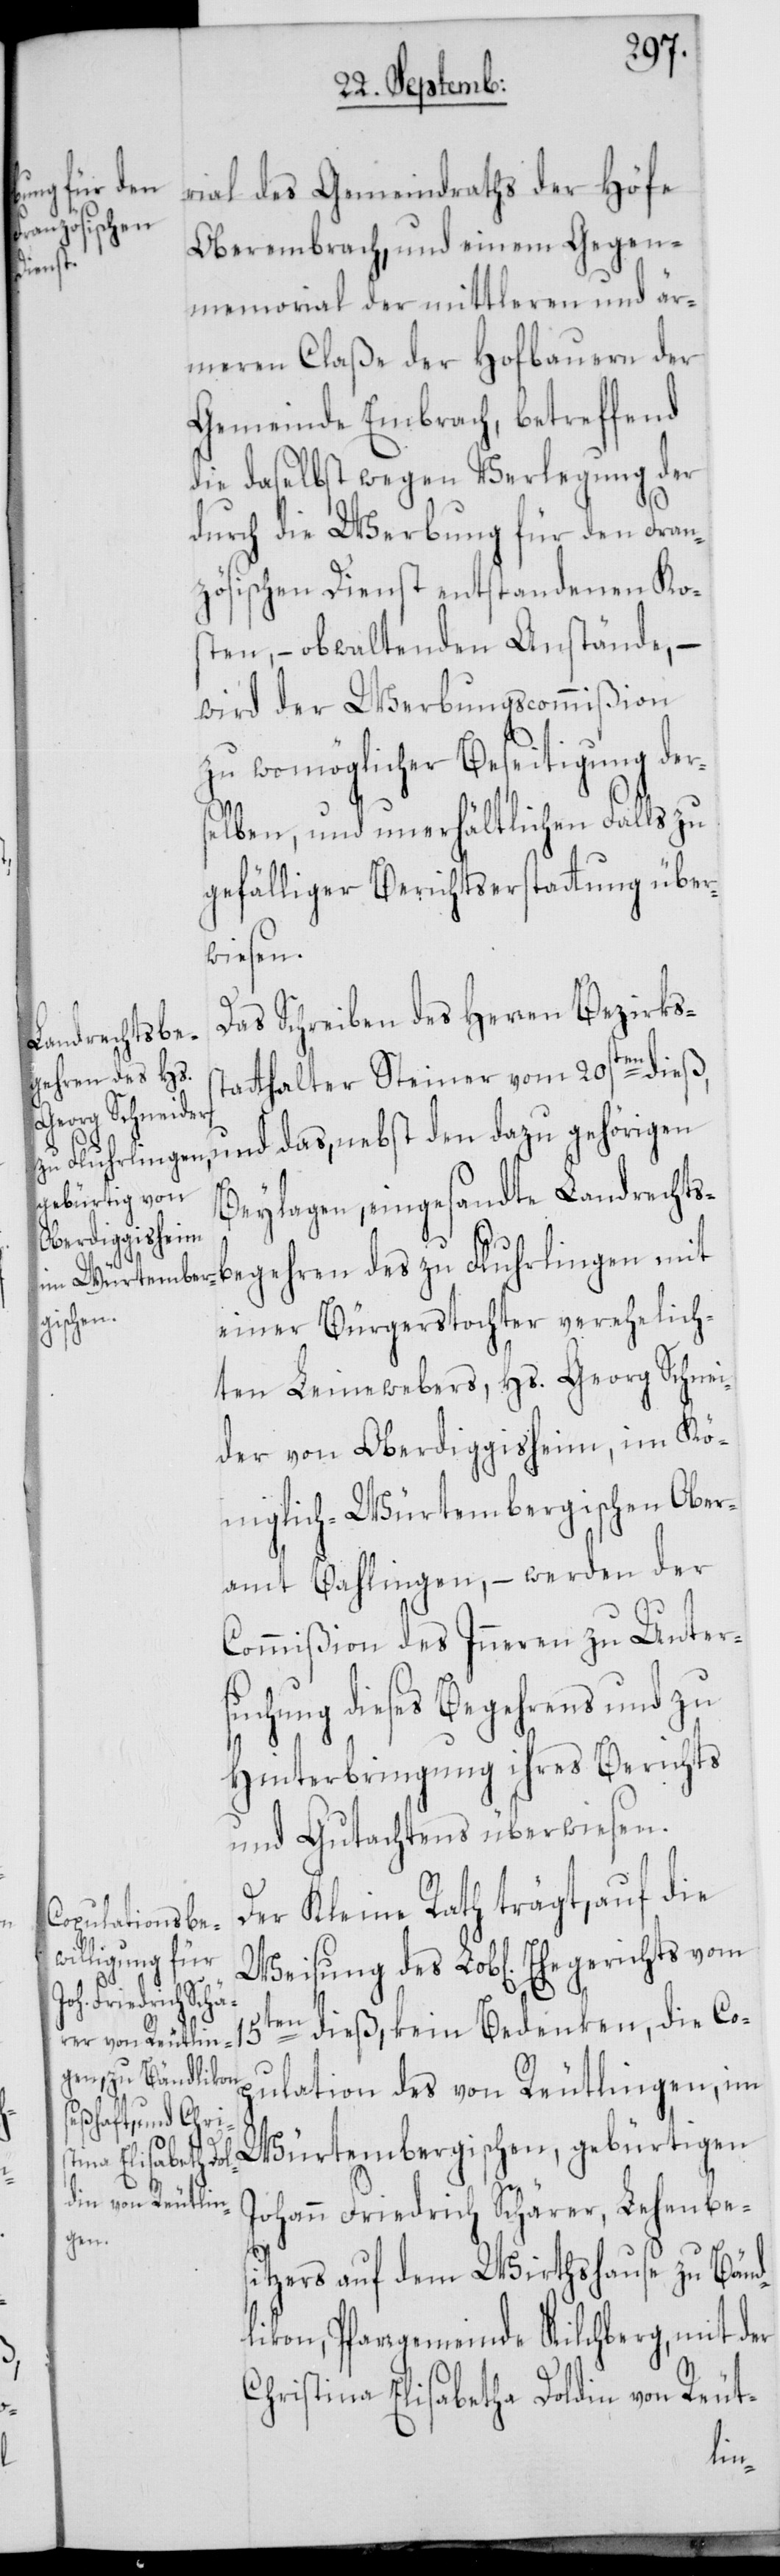
Ehegerichts vom

rial des Gemeindraths der Höfe
Oberembrach, und einem Gegen¬
memorial der mittleren und är¬
meren Claße der Hofbauern der
Gemeinde Embrach, betreffend
die daselbst wegen Verlegung der
durch die Werbung für den Fran¬
zösischen Dienst entstandenen Ko¬
sten, – obwaltenden Anstände, –
wird der Werbungscommißion
zu womöglicher Beseitigung ders¬
elben, und unerhältlichen Falls zu
gefälliger Berichtserstattung über¬
wiesen.
Das Schreiben des Herren Bezirkss¬
tatthalter Steiner vom 20sten dieß,
und das, nebst den dazu gehörigen
Beylagen, eingesandte Landrechts¬
begehren des zu Fluhrlingen mit
einer Bürgerstochter verehelich¬
ten Leinewebers, Hs. Georg Schnei¬
der von Oberdiggisheim, im Kö¬
niglich-Würtembergischen Ober¬
amt Bahlingen, – werden der
Commißion des Inneren zu Unter¬
suchung dieses Begehrens und zu
Hinterbringung ihres Berichts
und Gutachtens überwiesen.
Der Kleine Rath trägt, auf die
15ten dieß, kein Bedenken, die Co¬
pulation des von Reutlingen, im
Würtembergischen, gebürtigen
Johann Friedrich Schärer, Lehenbe¬
sitzers auf dem Wirthshause zu Bänd¬
likon, Pfarrgemeinde Kilchberg, mit der
Christina Elisabetha Doldin von Reut-